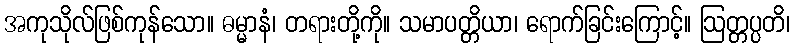
အကုသိုလ်ဖြစ်ကုန်သော။ ဓမ္မာနံ၊ တရားတို့ကို။ သမာပတ္တိယာ၊ ရောက်ခြင်းကြောင့်။ ဩတ္တပ္ပတိ၊